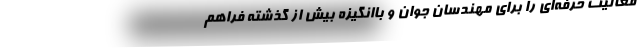
فعالیت حرفه‌ای را برای مهندسان جوان و باانگیزه بیش از گذشته فراهم